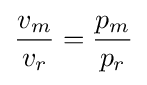
{\frac {v_{m}}{v_{r}}}={\frac {p_{m}}{p_{r}}}